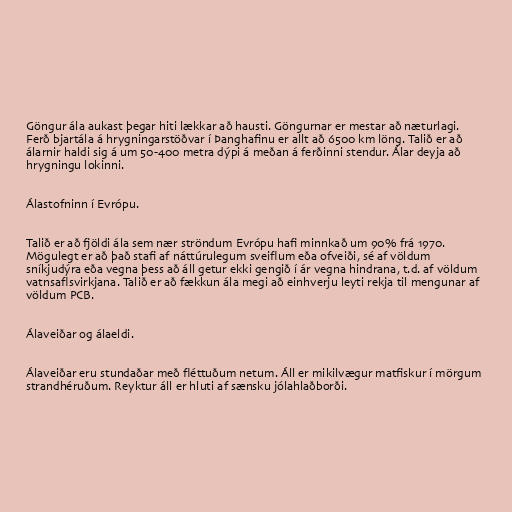
Göngur ála aukast þegar hiti lækkar að hausti. Göngurnar er mestar að næturlagi.
Ferð bjartála á hrygningarstöðvar í Þanghafinu er allt að 6500 km löng. Talið er að
álarnir haldi sig á um 50-400 metra dýpi á meðan á ferðinni stendur. Álar deyja að
hrygningu lokinni.

Álastofninn í Evrópu.

Talið er að fjöldi ála sem nær ströndum Evrópu hafi minnkað um 90% frá 1970.
Mögulegt er að það stafi af náttúrulegum sveiflum eða ofveiði, sé af völdum
sníkjudýra eða vegna þess að áll getur ekki gengið í ár vegna hindrana, t.d. af völdum
vatnsaflsvirkjana. Talið er að fækkun ála megi að einhverju leyti rekja til mengunar af
völdum PCB.

Álaveiðar og álaeldi.

Álaveiðar eru stundaðar með fléttuðum netum. Áll er mikilvægur matfiskur í mörgum
strandhéruðum. Reyktur áll er hluti af sænsku jólahlaðborði.